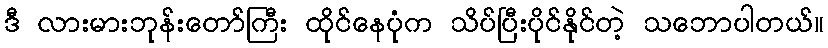
ဒီ လားမားဘုန်းတော်ကြီး ထိုင်နေပုံက သိပ်ပြီးပိုင်နိုင်တဲ့ သဘောပါတယ်။